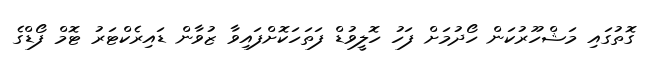
ގޮތުގައި މަޝްހޫރުކަން ހޯދުމަށް ފަހު ހޮލީވުޑް ފަތަހަކޮށްފައިވާ ޒުވާން ޑައިރެކްޓަރު ޓޮމް ފޯޑްގެ